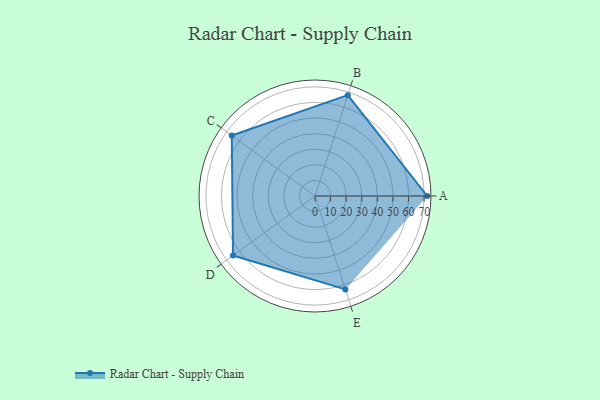
{"axis": {"x": "Skill", "y": "Score"}, "legend": ["Profile"], "data": [{"x": "A", "y": 72.0, "type": "Profile"}, {"x": "B", "y": 68.0, "type": "Profile"}, {"x": "C", "y": 66.0, "type": "Profile"}, {"x": "D", "y": 65.0, "type": "Profile"}, {"x": "E", "y": 63.0, "type": "Profile"}]}